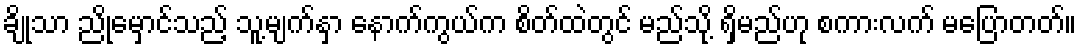
ချိုသာ ညိုမှောင်သည့် သူ့မျက်နှာ နောက်ကွယ်က စိတ်ထဲတွင် မည်သို့ ရှိမည်ဟု စကားလက် မပြောတတ်။